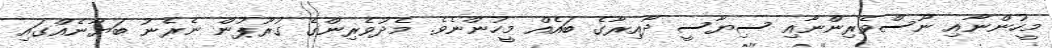
މީހުންނާއި ނޫސްވެރިންނާއި ސިޔާސީ ދާއިރާގެ ބައެއް މީހުންނެވެ. މެދުވެރިންގެ ގުރޫޕުން ނެރެނު ބަޔާނެއްގައި